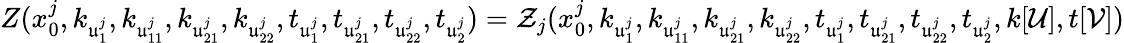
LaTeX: Z(x_{0}^{j},k_{\mathfrak u_{1}^{j}},k_{\mathfrak u_{11}^{j}},k_{\mathfrak u_{21}^{j}},k_{\mathfrak u_{22}^{j}},t_{\mathfrak u_{1}^{j}},t_{\mathfrak u_{21}^{j}},t_{\mathfrak u_{22}^{j}},t_{\mathfrak u_{2}^{j}})=\mathcal Z_{j}(x_{0}^{j},k_{\mathfrak u_{1}^{j}},k_{\mathfrak u_{11}^{j}},k_{\mathfrak u_{21}^{j}},k_{\mathfrak u_{22}^{j}},t_{\mathfrak u_{1}^{j}},t_{\mathfrak u_{21}^{j}},t_{\mathfrak u_{22}^{j}},t_{\mathfrak u_{2}^{j}},k[\mathcal U],t[\mathcal V])